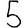
Digit: 5